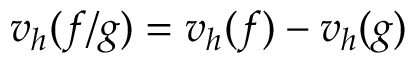
v _ { h } ( f / g ) = v _ { h } ( f ) - v _ { h } ( g )